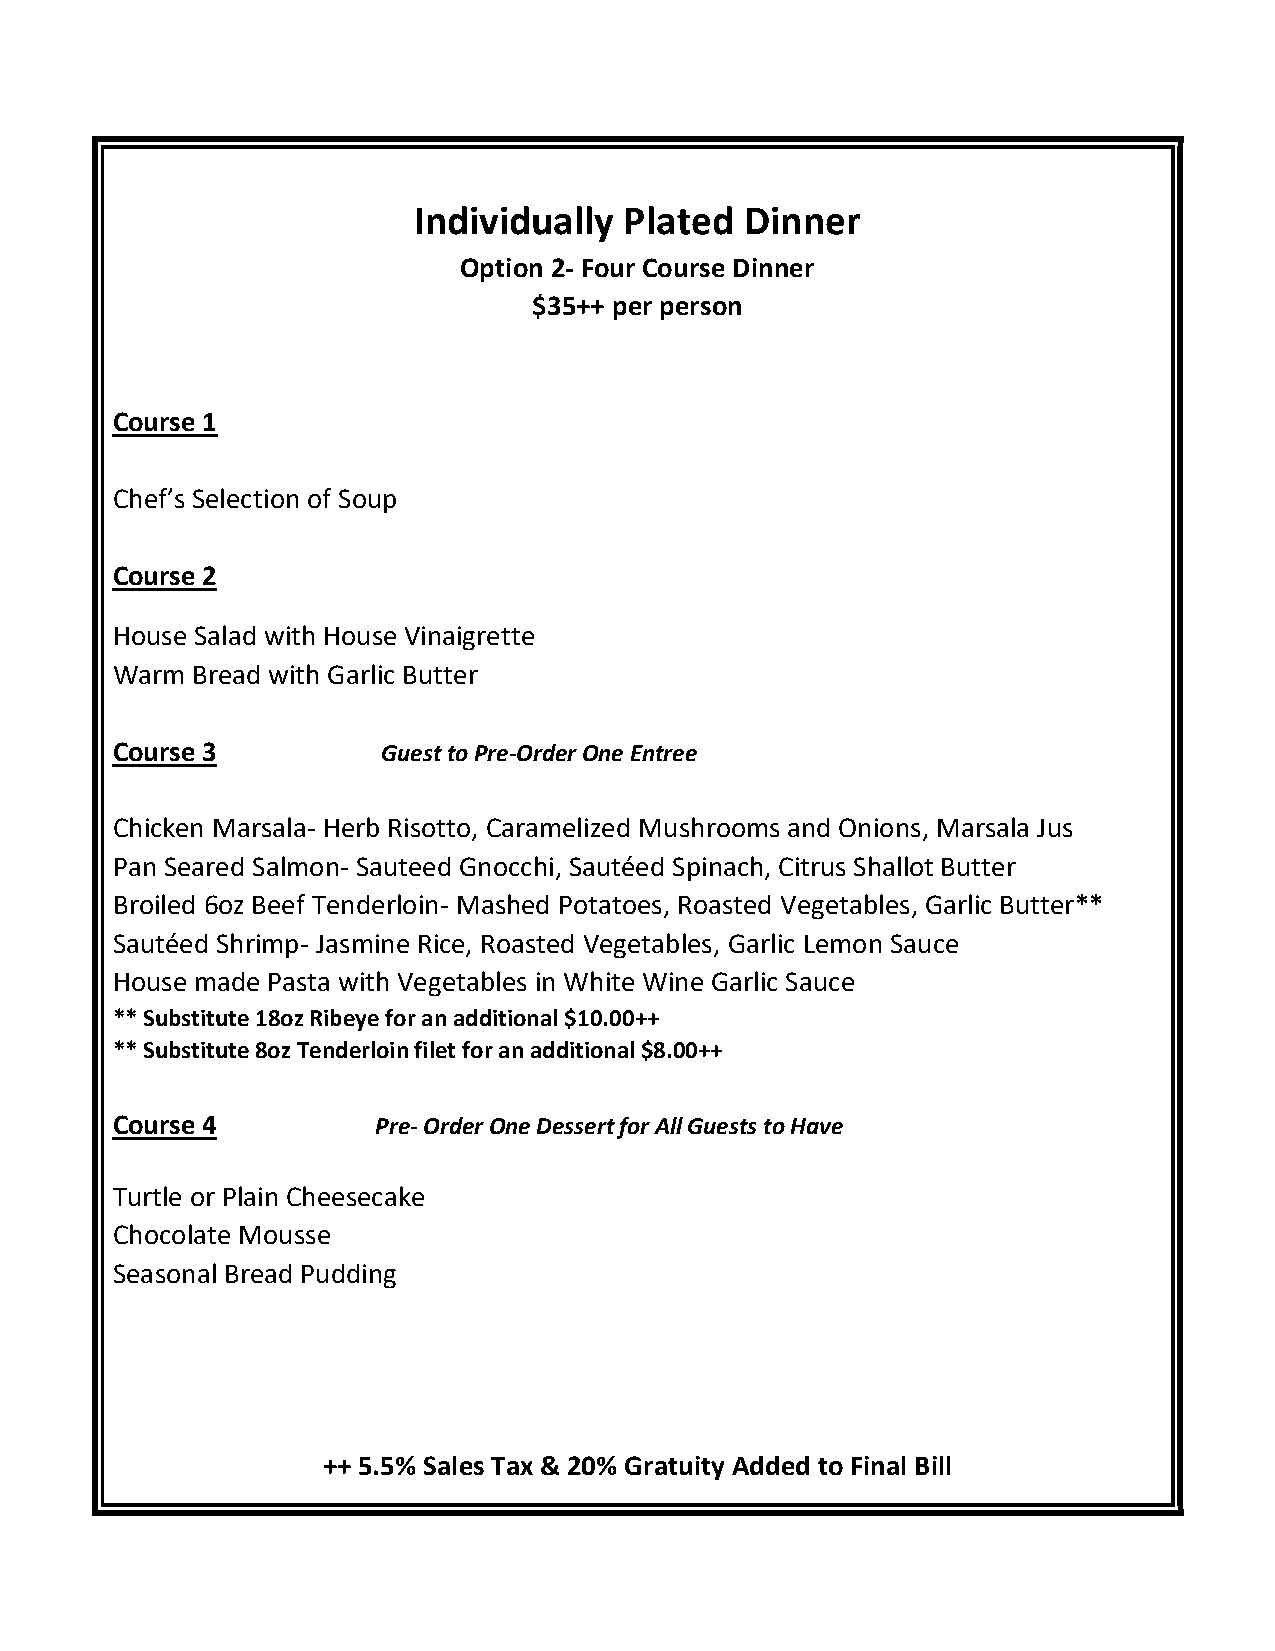
Individually  Plated  Dinner
 Option 2- Four Course Dinner
 $35++ per person
 Course 1
 Chef’s Selection of Soup
 Course 2
 House Salad with House Vinaigrette
 Warm  Bread with Garlic Butter
 Course 3          Guest to Pre-Order One Entree
 Chicken Marsala- Herb Risotto, Caramelized Mushrooms and Onions, Marsala Jus
 Pan Seared Salmon- Sauteed Gnocchi, Sautéed Spinach, Citrus Shallot Butter
 Broiled 6oz Beef Tenderloin- Mashed Potatoes, Roasted Vegetables, Garlic Butter**
 Sautéed Shrimp- Jasmine Rice, Roasted Vegetables, Garlic Lemon Sauce
 House made Pasta with Vegetables in White Wine Garlic Sauce
 ** Substitute 18oz Ribeye for an additional $10.00++
 ** Substitute 8oz Tenderloin filet for an additional $8.00++
 Course 4          Pre- Order One Dessert for All Guests to Have
 Turtle or Plain Cheesecake
 Chocolate Mousse
 Seasonal Bread Pudding
 ++ 5.5% Sales Tax & 20% Gratuity Added to Final Bill